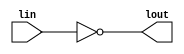
module 	keyled(lout,lin);
	output [3:0] lout;
	input [3:0] lin;
	assign lout[3:0]=~lin[3:0];
endmodule